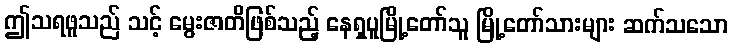
ဤသရဖူသည် သင့် မွေးဇာတိဖြစ်သည့် နေရှပူမြို့တော်သူ မြို့တော်သားများ ဆက်သသော